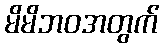
မိမိဘဝအတွက်